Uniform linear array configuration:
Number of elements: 64
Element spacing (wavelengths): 0.5
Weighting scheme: hann
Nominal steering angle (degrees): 15
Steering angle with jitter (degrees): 14.389
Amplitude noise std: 0.05
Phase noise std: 0.05

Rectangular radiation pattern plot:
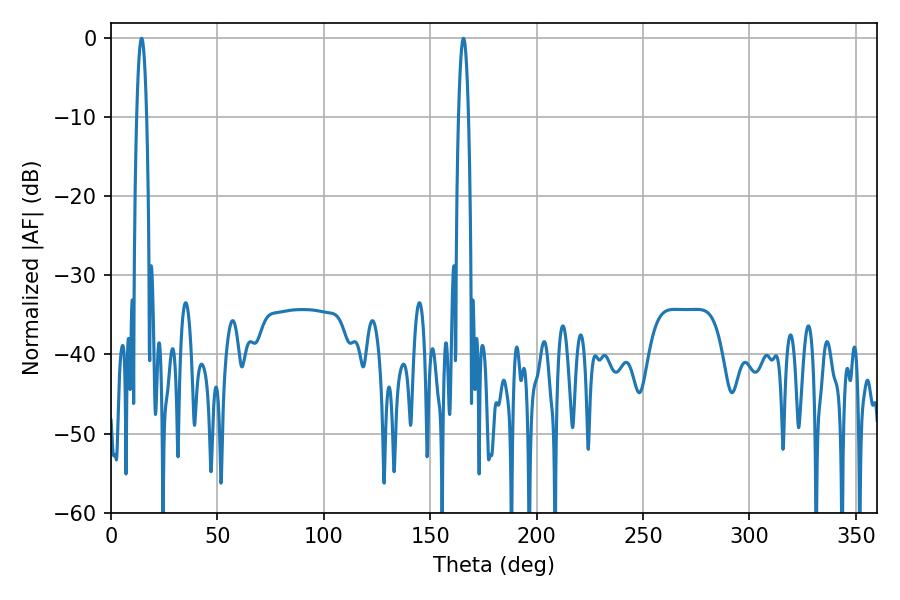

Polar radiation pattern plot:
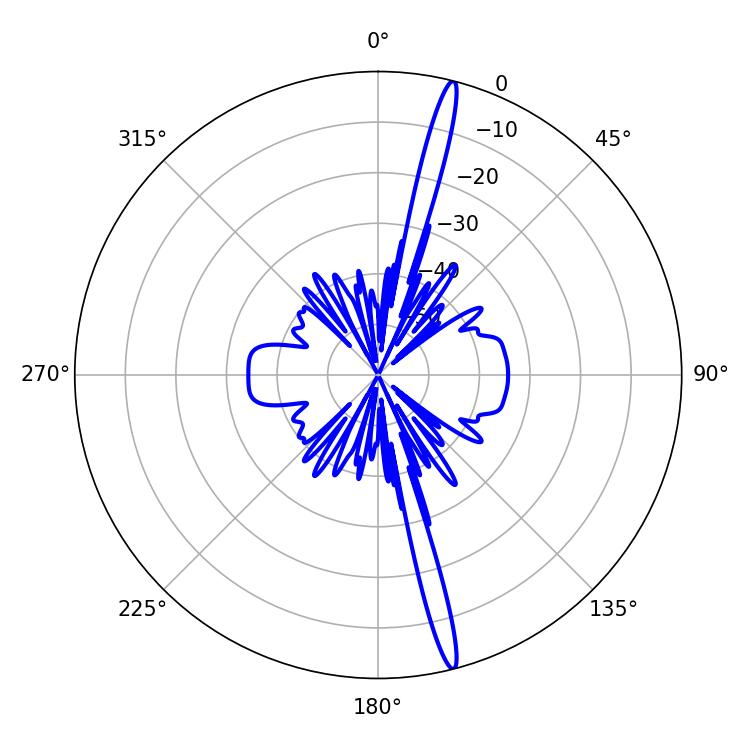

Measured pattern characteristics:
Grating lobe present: FALSE
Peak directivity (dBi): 19.123
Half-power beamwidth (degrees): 2.52
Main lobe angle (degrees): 14.4